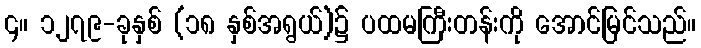
၄။ ၁၂၇၉-ခုနှစ် (၁၈ နှစ်အရွယ်)၌ ပထမကြီးတန်းကို အောင်မြင်သည်။